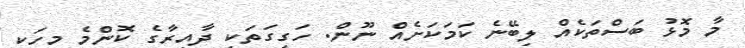
މާ މޮޅު ބަސްތަކެއް ލިބޭނެ ކަމަކަށެއް ނޫން. ހަގީގަތަކީ ދާއިރާގެ ކޮންމެ މީހަކީ